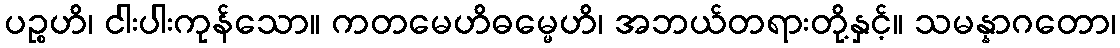
ပဉ္စဟိ၊ ငါးပါးကုန်သော။ ကတမေဟိဓမ္မေဟိ၊ အဘယ်တရားတို့နှင့်။ သမန္နာဂတော၊